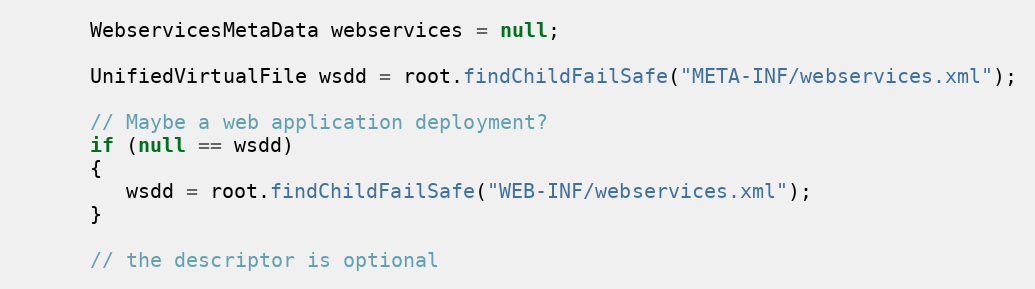
Language: Java
      WebservicesMetaData webservices = null;

      UnifiedVirtualFile wsdd = root.findChildFailSafe("META-INF/webservices.xml");

      // Maybe a web application deployment?
      if (null == wsdd)
      {
         wsdd = root.findChildFailSafe("WEB-INF/webservices.xml");
      }

      // the descriptor is optional